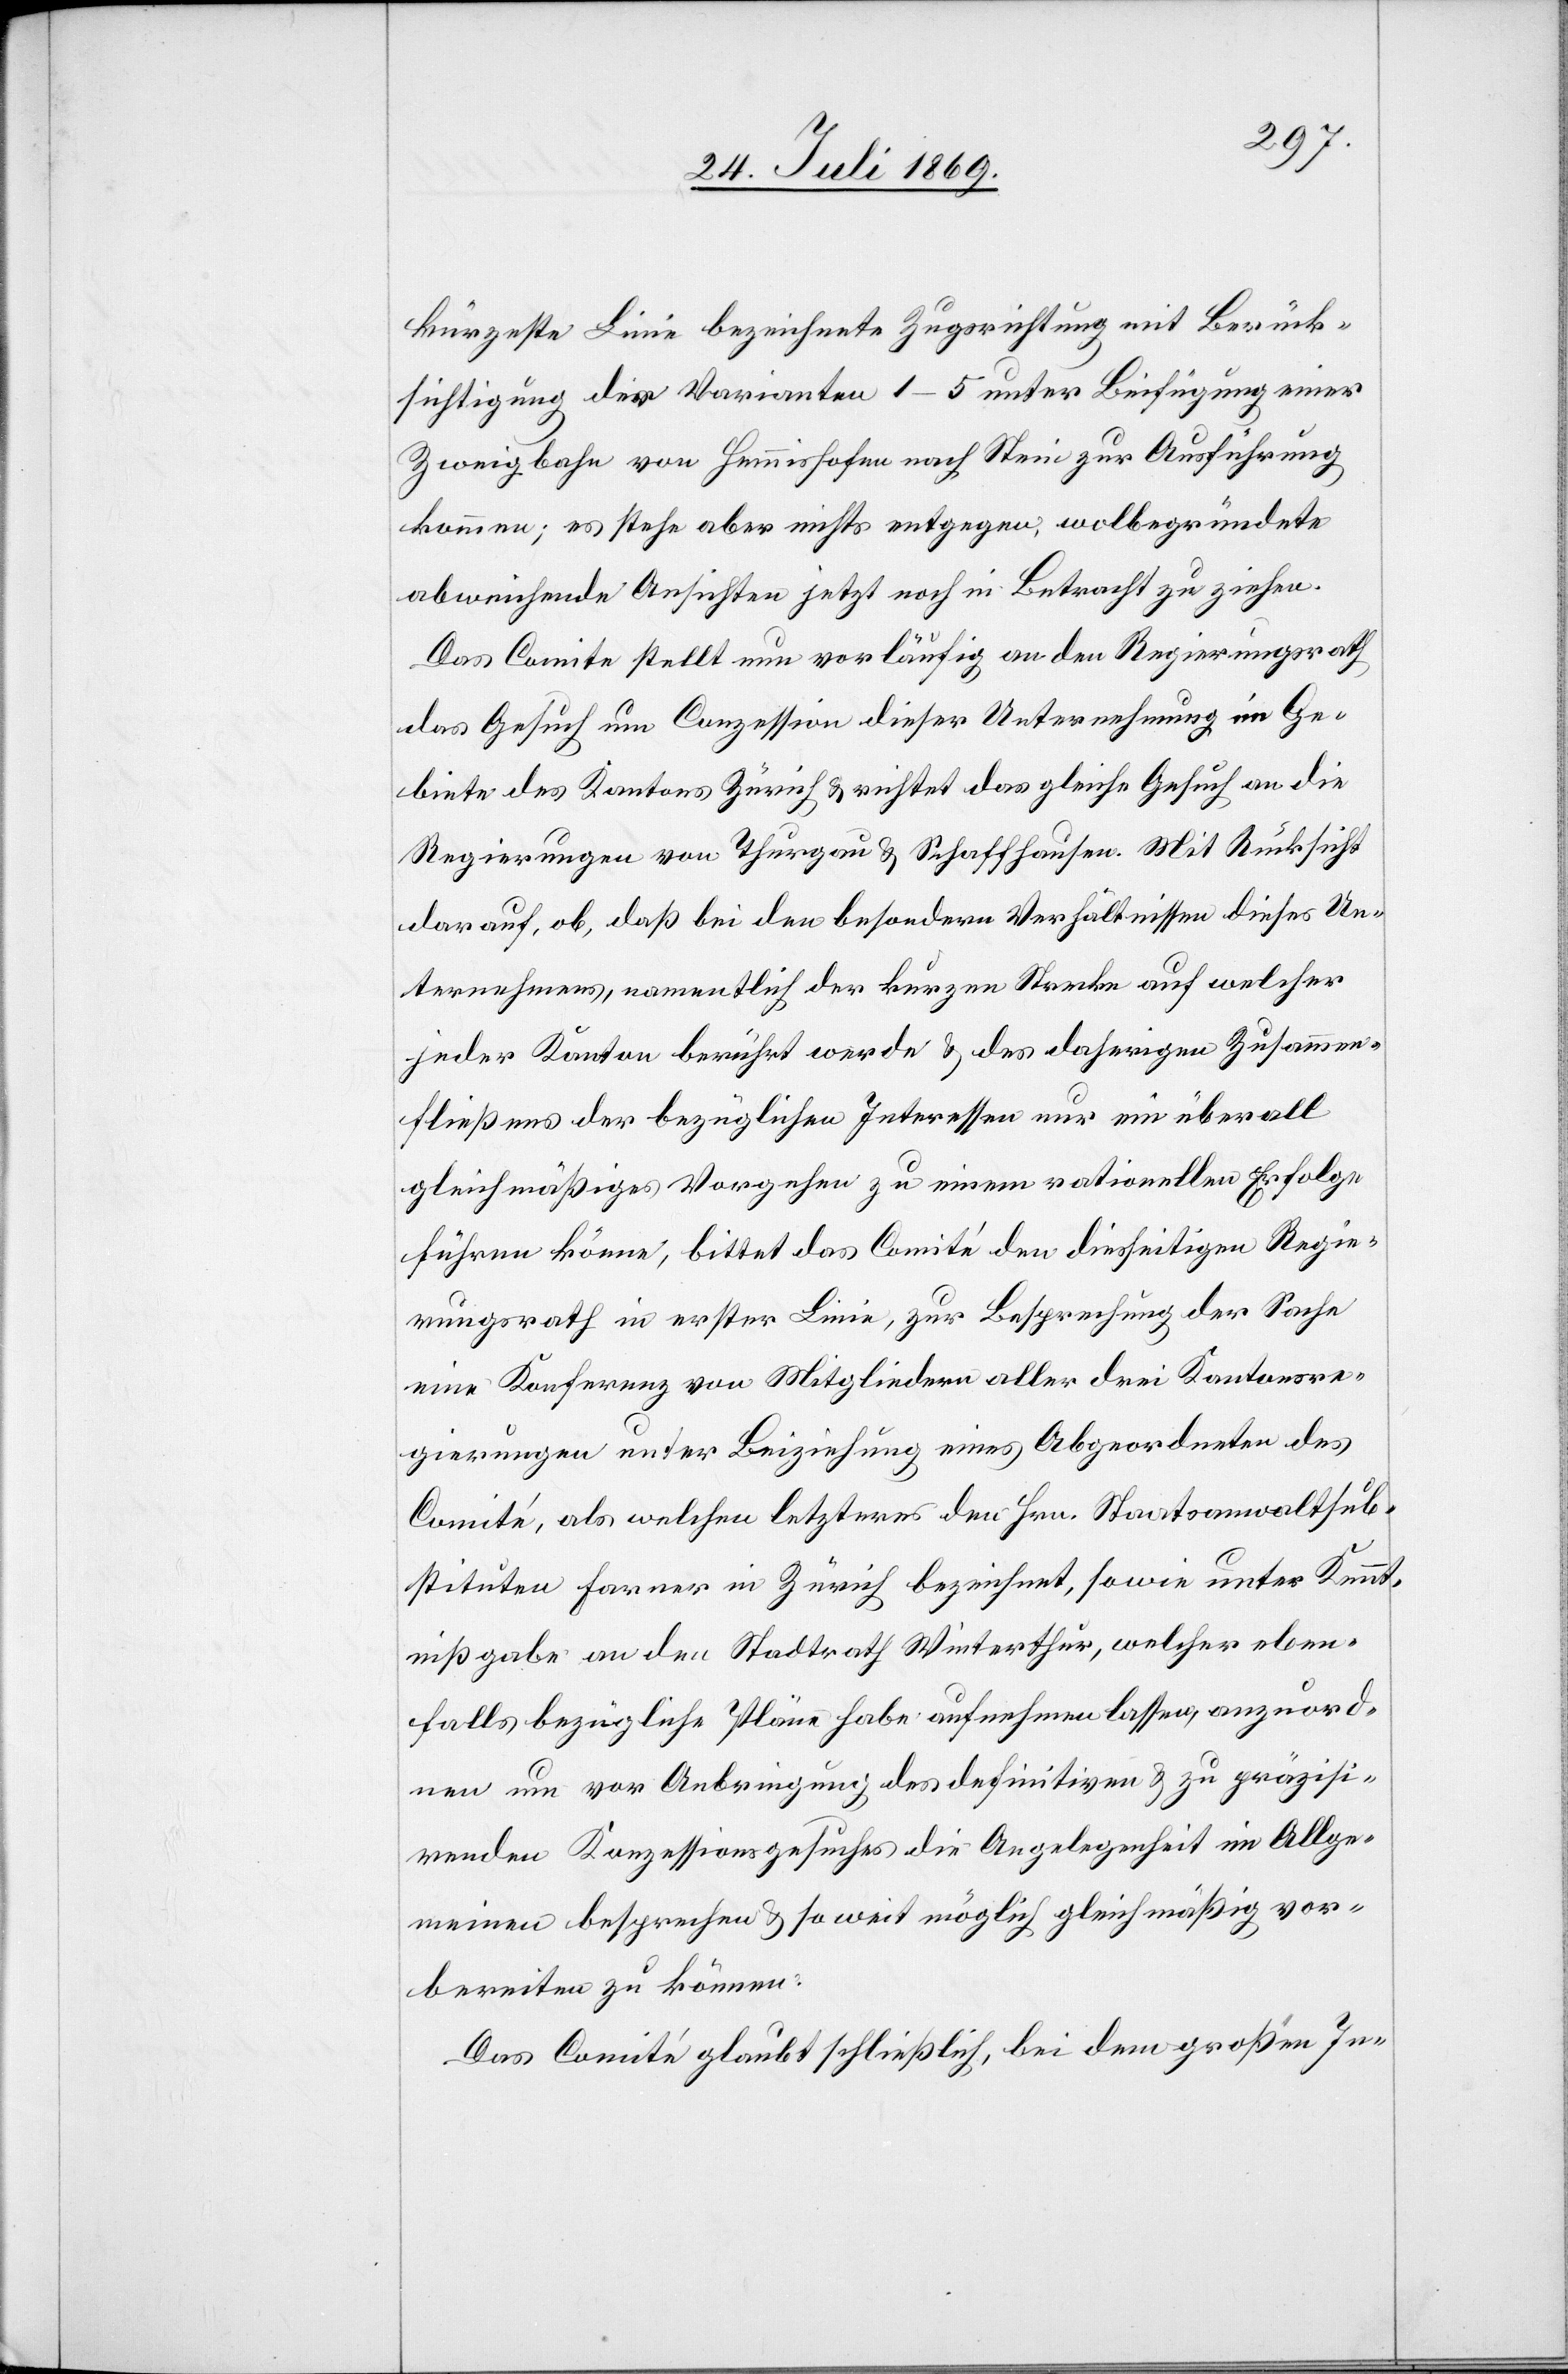
kürzeste Linie bezeichnete Zugsrichtung mit Berück¬
sichtigung der Varianten 1–5 unter Beifügung einer
Zweigbahn von Hemmishofen nach Stein zur Ausführung
kommen; es stehe aber nicht entgegen, wolbegründete
abweichende Ansichten jetzt noch in Betracht zu ziehen.
Das Comite stellt nun vorläufig an den Regierungsrath
das Gesuch um Conzession dieser Unternehmung im Ge¬
biete des Kantons Zürich u. richtet das gleiche Gesuch an die
Regierungen von Thurgau u. Schaffhausen. Mit Rücksicht
darauf, ob, daß bei den besondern Verhältnissen dieses Un¬
ternehmens, namentlich der kurzen Strecke auf welcher
jeder Kanton berührt werde u. des daherigen Zusammen¬
fließens der bezüglichen Interessen nur ein überall
gleichmäßiges Vorgehen zu einem rationellen Erfolge
führen könne, bittet das Comité den diesseitigen Regie¬
rungsrath in erster Linie, zur Besprechung der Sache
eine Konferenz von Mitgliedern aller drei Kantonsre¬
gierungen unter Beiziehung eines Abgeordneten des
Comité, als welchen letzteres den Hrn. Staatsanwaltsub¬
stituten Farner in Zürich bezeichnet, sowie unter Kennt¬
nißgabe an den Stadtrath Winterthur, welcher eben¬
falls bezüglich Pläne habe aufnehmen lassen, anzuord¬
nen um vor Anbringung des definitiven u. zu präzisi¬
renden Konzessionsgesuches die Angelegenheit im Allge¬
meinen besprechen u. so weit möglich gleichmäßig vor¬
bereiten zu können.
Das Comité glaubt schließlich, bei dem großen In-